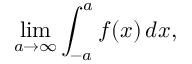
\operatorname* { l i m } _ { a \to \infty } \int _ { - a } ^ { a } f ( x ) \, d x ,